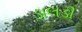
ડાલડી